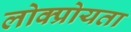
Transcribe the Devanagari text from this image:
लोक्प्रोयता